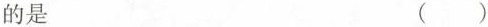
的是 ( )